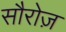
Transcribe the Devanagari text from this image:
सौरोज़